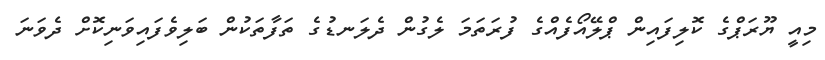
މިއީ ޔޫރަޕްގެ ކޮލިފައިން ޕްލޭއޯފެއްގެ ފުރަތަމަ ލެގުން ދެލަނޑުގެ ތަފާތަކުން ބަލިވެފައިވަނިކޮށް ދެވަނަ